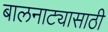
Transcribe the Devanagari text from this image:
बालनाट्यासाठी